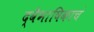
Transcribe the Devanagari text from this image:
द्वैभाषिकाचं